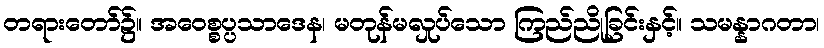
တရားတော်၌။ အဝေစ္စပ္ပသာဒေန၊ မတုန်မလှုပ်သော ကြည်ညိုခြင်းနှင့်။ သမန္နာဂတာ၊